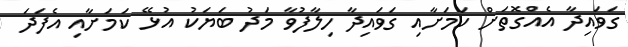
ގަވައިދާ އެއްގޮތަށް ކަމަށާއި ގަވައިދާ ހިލާފުވާ މަދު ބަޔަކު އުޅޭ ކަމަށާއި އެފަދަ